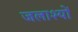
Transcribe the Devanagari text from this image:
जलाश्यों